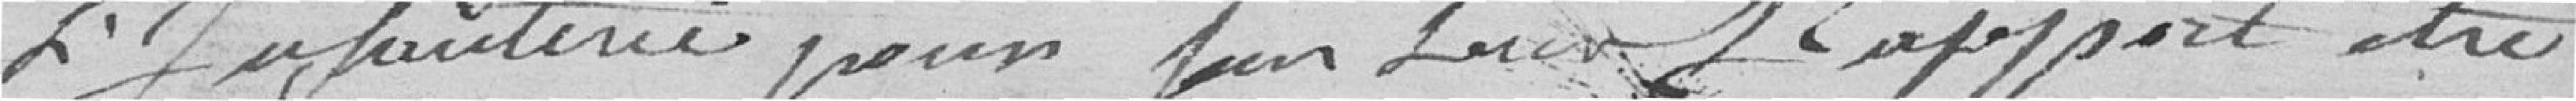
l'Infanterie pour faire rapport être